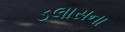
ડલાસના